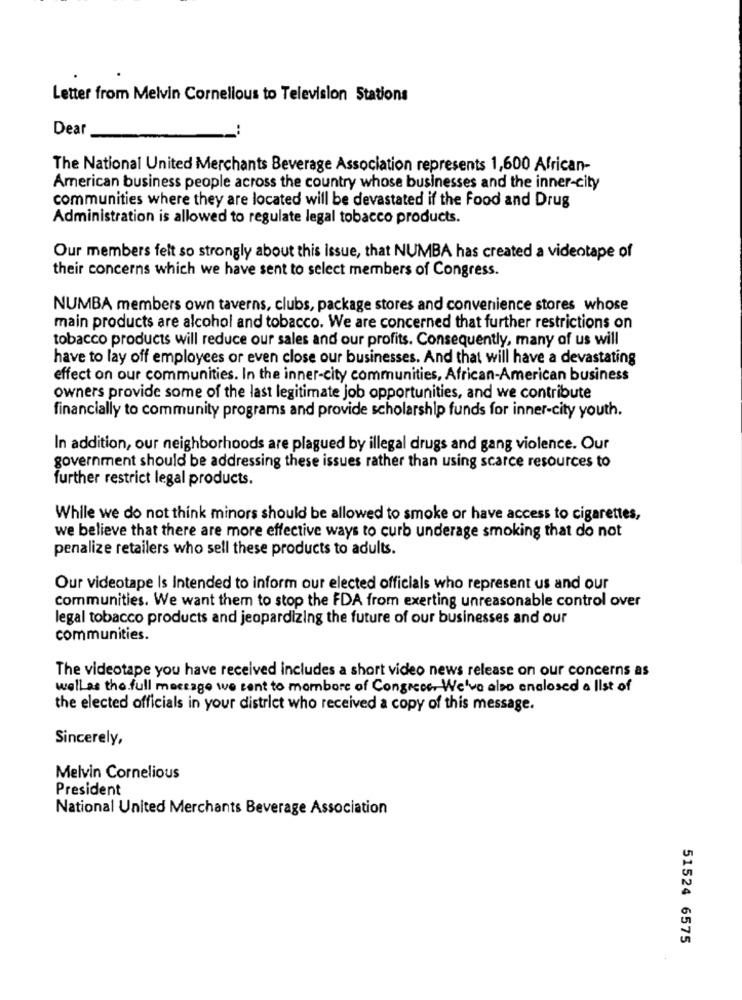
Letter from Melvin Cornellous to Television Stations
Dear
The National United Merchants Beverage Association represents 1,600 African-
American business people across the country whose businesses and the inner-city
communities where they are located will be devastated if the food and Drug
Administration is allowed to regulate legal tobacco products.
Our members felt so strongly about this issue, that NUMBA has created a videotape of
their concerns which we have sent to select members of Congress.
NUMBA members own taverns, clubs, package stores and convenience stores whose
main products are alcohol and tobacco. We are concerned that further restrictions on
tobacco products will reduce our sales and our profits. Consequently, many of us will
have to lay off employees or even close our businesses. And that will have a devastating
effect on our communities. In the inner-city communities, African-American business
owners provide some of the last legitimate job opportunities, and we contribute
financially to community programs and provide scholarship funds for inner-city youth.
In addition, our neighborhoods are plagued by illegal drugs and gang violence. Our
government should be addressing these issues rather than using scarce resources to
further restrict legal products.
While we do not think minors should be allowed to smoke or have access to cigarettes,
we believe that there are more effective ways to curb underage smoking that do not
penalize retailers who sell these products to adults.
Our videotape Is Intended to inform our elected officials who represent us and our
communities. We want them to stop the FDA from exerting unreasonable control over
legal tobacco products and jeopardizing the future of our businesses and our
communities.
The videotape you have received includes a short video news release on our concerns as
well as the full message we sent to mombore of Congress. We've also enclosed a list of
the elected officials in your district who received a copy of this message.
Sincerely,
Melvin Cornelious
President
National United Merchants Beverage Association
51524 6575